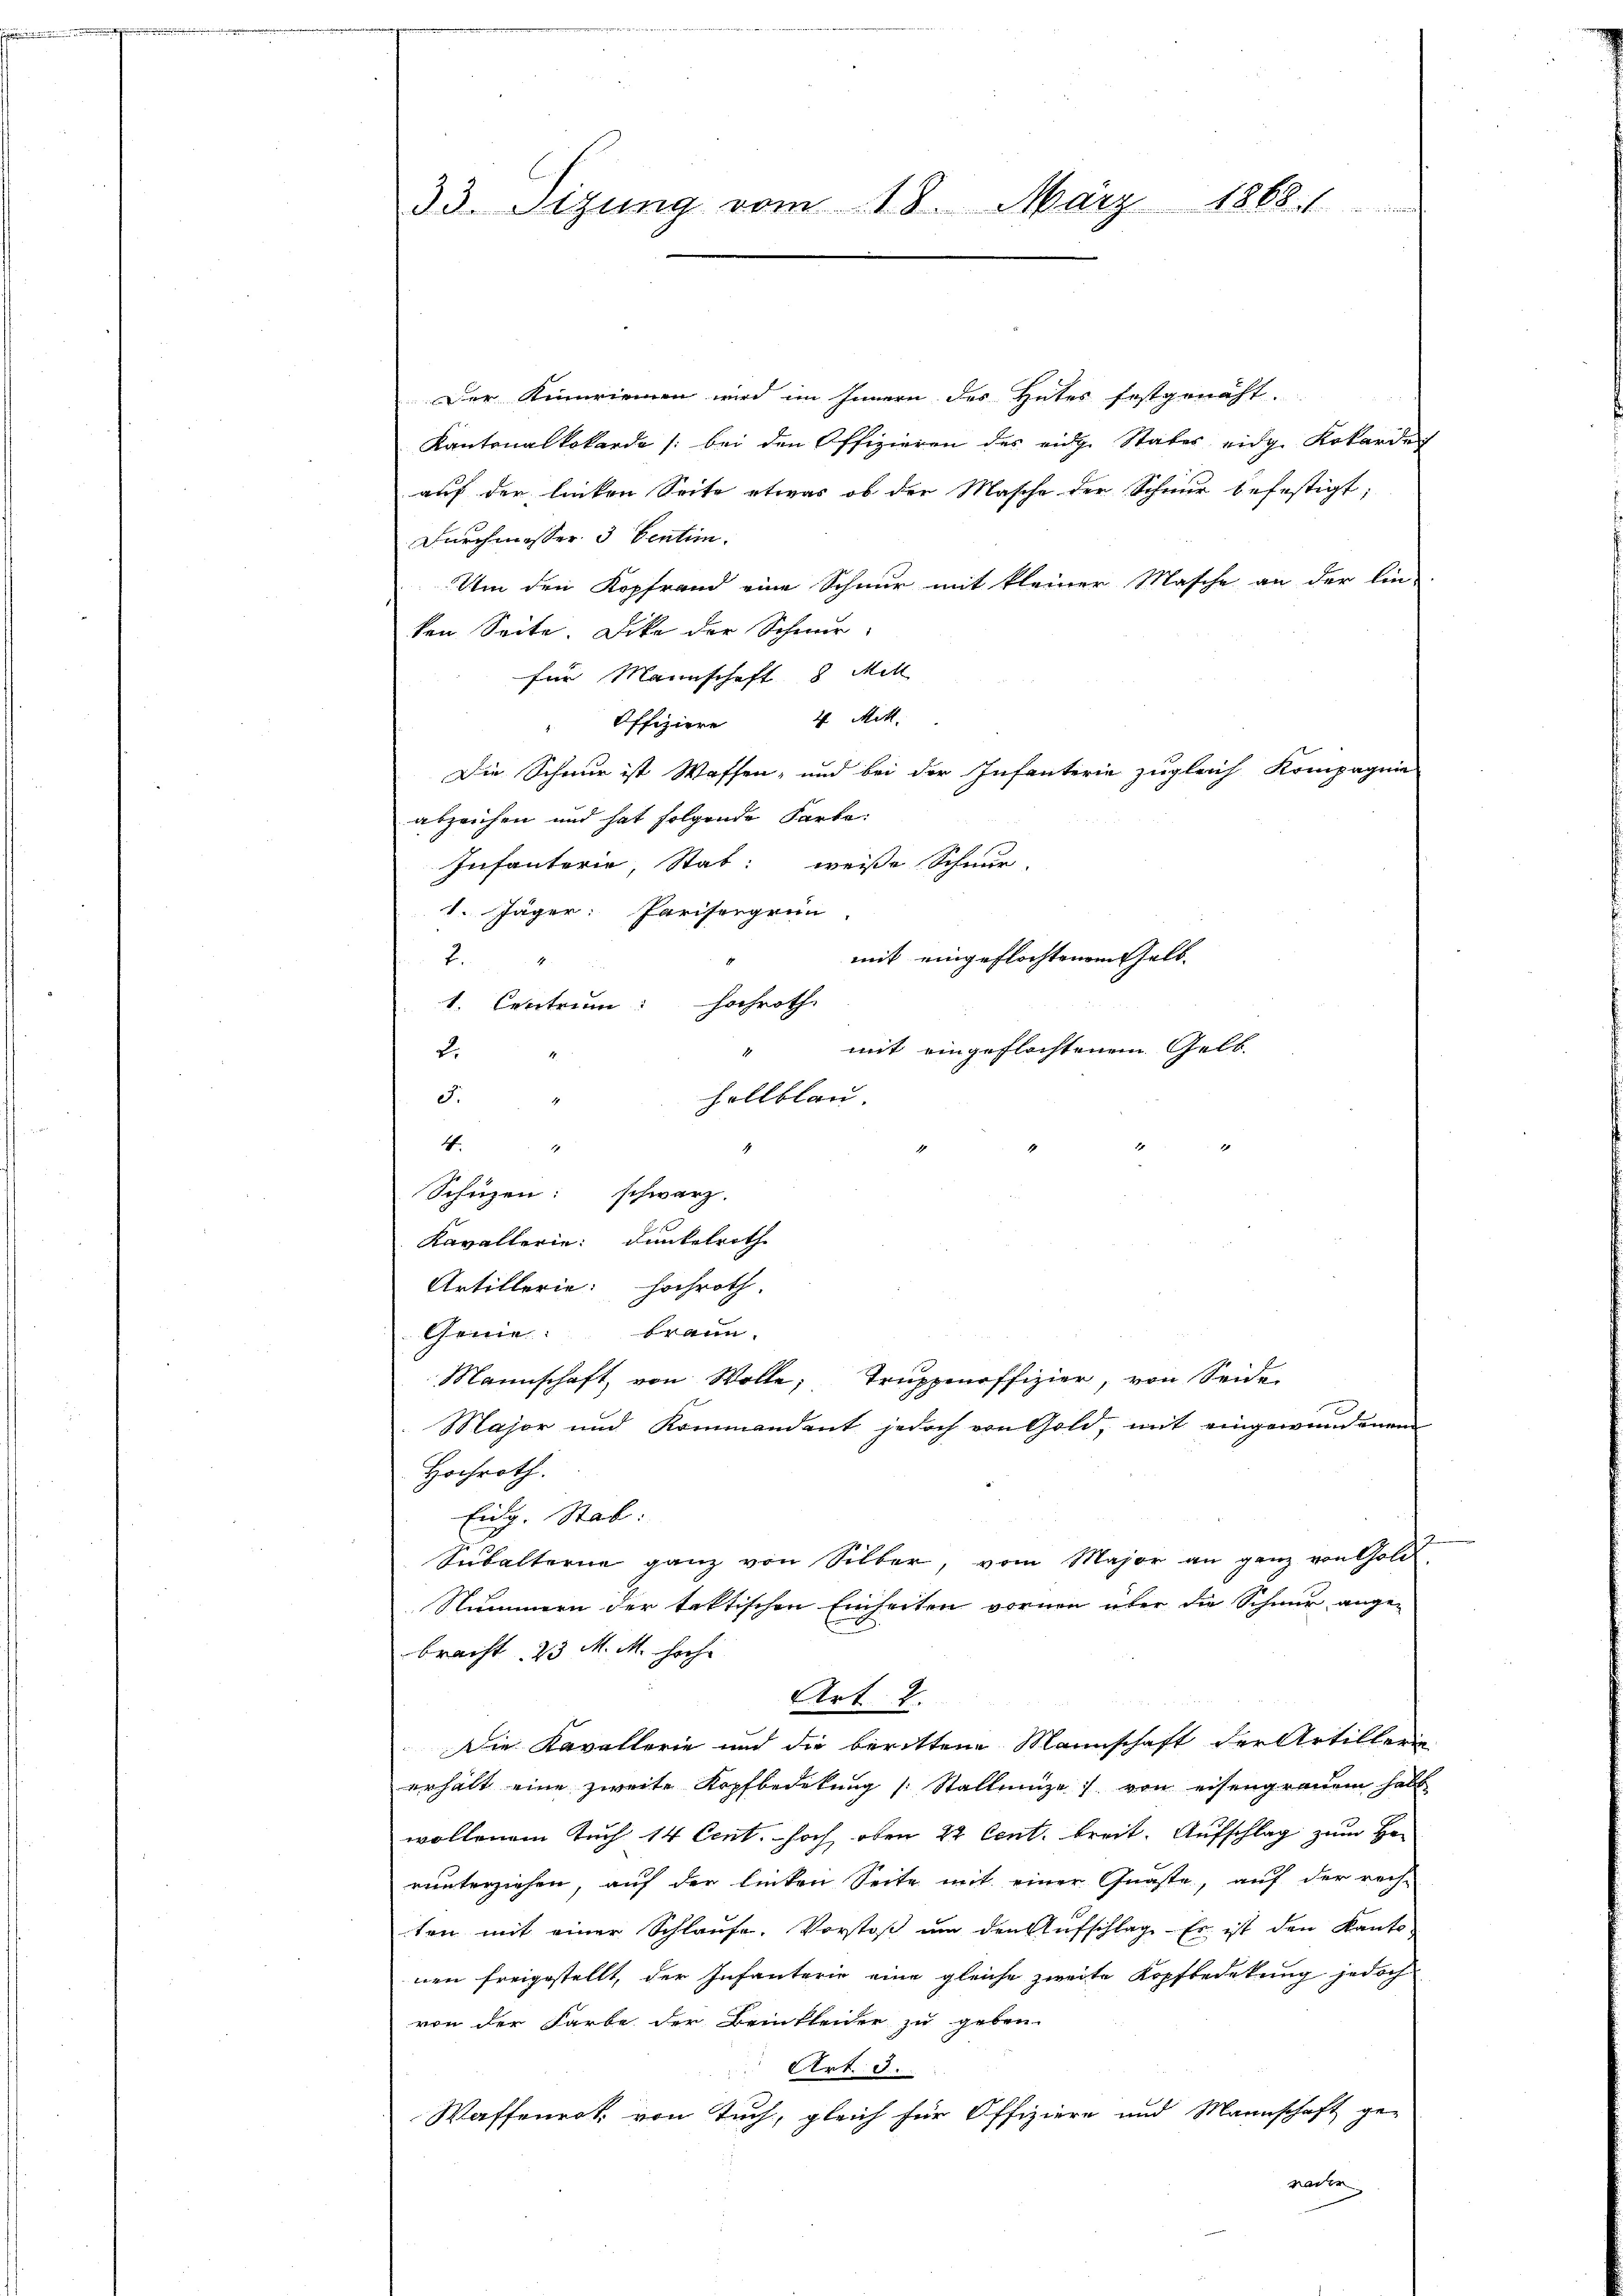
uee eine

33. Sizung vom 18. März 1888.

Der Kinnriemen wird im Innern des Hutes festgenaht.
Kantonalkokarde /: bei den Offizieren des eidg. Staber eidg. Kokarder
auf der linken Seite etwas ob der Masche der Schnur befestigt;
Durchmesser 3 Ventim.
Um den Kopfrand eine Schnur mit kleiner Masche an der Ein-
ken Seite. Dike der Schnur
für Mannschaft 8 Mitt
" Offiziere 4 Mitt.
Die Schnur ist Waffen- und bei der Infanterie zugleich Kompagnie
abzeichen und hat folgende Farbe:
Infanterie, Stat: weisse Schnur-
1. Jäger: Parisergrun
mit eingeflochtenen Gelb.
2
1. Centrum: Hochroth
mit eingeflochtenem Gelbd.
d.
hellblau.
1
4.
18
Schüzen: schwarz.
Kavallerin: Dunkelroth
Artillerie: Hochroth
en: Braun.
Mannschaft von Wolle; Truppenoffizier, von Seide
Major und Kommandant jedoch von Gold, mit eingewandenen
Hochroth.
Eng. Stab:
Subalterne ganz von Silber, vom Major an ganz von Gold-
Stummen der taktischen Einheiten vornen über die Schnur ange-
bracht. 23 M. M. hoche
Art. 2.
Die Kavallerie und die berittene Mannschaft der Artillerie
erhält eine zweite Kopfbedekung (: Stallunge von eisengrauen hab
wollenem Tuch 14 Cent. hoch, oben 22 Cent. breit. Aufschlag zum Han
runterziehen, auf der linken Seite mit einer Quaste, auf der rech-
ten mit einer Schlaufe. Vorstoß um den Aufschlage Er ist den Kanto
nen freigestellt, der Infanterie eine gleiche zweite Kopfbedekung jedoch
von der Farbe der Beinkleider zu geben.
Art. 5.
Waffenrot von Tuch, gleich für Offiziere und Mannschaft ge-
nachen